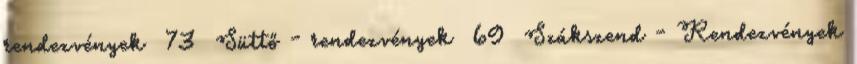
rendezvények 73 Süttő - rendezvények 69 Szákszend - Rendezvények